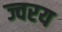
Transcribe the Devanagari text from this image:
ज्वरय